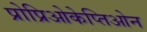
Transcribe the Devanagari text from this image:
प्रोप्रिओकेप्तिओन